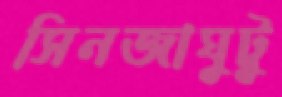
সিনজাঘুটু